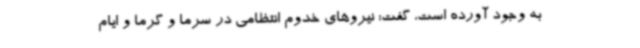
به وجود آورده است، گفت: نیروهای خدوم انتظامی در سرما و گرما و ایام